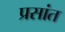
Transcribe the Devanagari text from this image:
प्रसांत